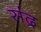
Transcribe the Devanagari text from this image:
संद्र